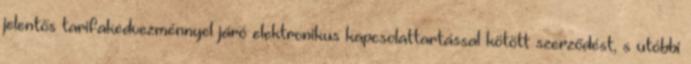
jelentős tarifakedvezménnyel járó elektronikus kapcsolattartással kötött szerződést, s utóbbi